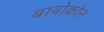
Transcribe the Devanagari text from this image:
बायोकोन